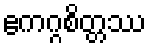
ဧကဂ္ဂစိတ္တဿ